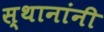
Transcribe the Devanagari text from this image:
स्थानांनी